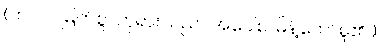
(ဘဂဝါ၊ မြတ်စွာဘုရားသည်။ အဝေါစ၊ မိန့်တော်မူ၏။)